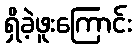
ရှိခဲ့ဖူးကြောင်း